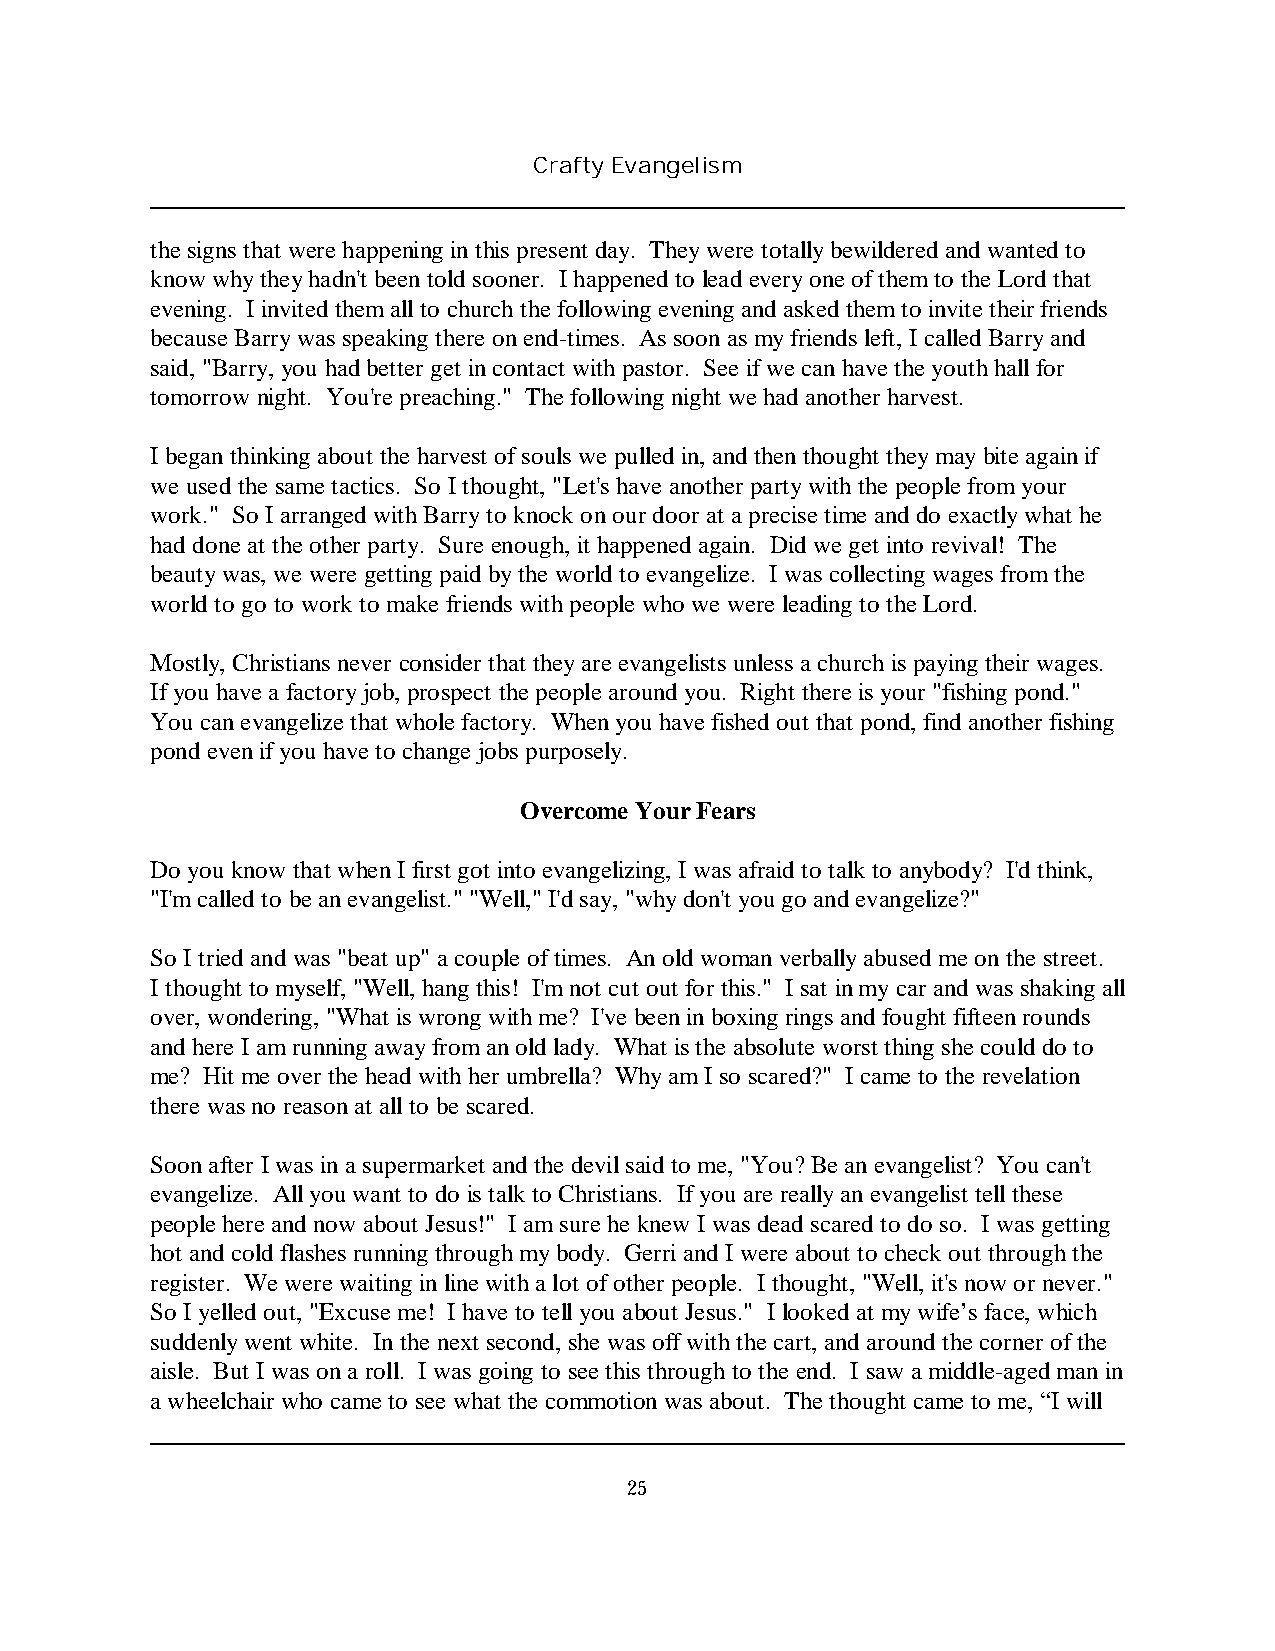
Crafty Evangelism
 the signs that were happening in this present day. They were totally bewildered and wanted to
 know why they hadn't been told sooner. I happened to lead every one of them to the Lord that
 evening. I invited them all to church the following evening and asked them to invite their friends
 because Barry was speaking there on end-times. As soon as my friends left, I called Barry and
 said, "Barry, you had better get in contact with pastor. See if we can have the youth hall for
 tomorrow night. You're preaching." The following night we had another harvest.
 I began thinking about the harvest of souls we pulled in, and then thought they may bite again if
 we used the same tactics. So I thought, "Let's have another party with the people from your
 work." So I arranged with Barry to knock on our door at a precise time and do exactly what he
 had done at the other party. Sure enough, it happened again. Did we get into revival! The
 beauty was, we were getting paid by the world to evangelize. I was collecting wages from the
 world to go to work to make friends with people who we were leading to the Lord.
 Mostly, Christians never consider that they are evangelists unless a church is paying their wages.
 If you have a factory job, prospect the people around you. Right there is your "fishing pond."
 You can evangelize that whole factory. When you have fished out that pond, find another fishing
 pond even if you have to change jobs purposely.
 Overcome Your Fears
 Do you know that when I first got into evangelizing, I was afraid to talk to anybody? I'd think,
 "I'm called to be an evangelist." "Well," I'd say, "why don't you go and evangelize?"
 So I tried and was "beat up" a couple of times. An old woman verbally abused me on the street.
 I thought to myself, "Well, hang this! I'm not cut out for this." I sat in my car and was shaking all
 over, wondering, "What is wrong with me? I've been in boxing rings and fought fifteen rounds
 and here I am running away from an old lady. What is the absolute worst thing she could do to
 me? Hit me over the head with her umbrella? Why am I so scared?" I came to the revelation
 there was no reason at all to be scared.
 Soon after I was in a supermarket and the devil said to me, "You? Be an evangelist? You can't
 evangelize. All you want to do is talk to Christians. If you are really an evangelist tell these
 people here and now about Jesus!" I am sure he knew I was dead scared to do so. I was getting
 hot and cold flashes running through my body. Gerri and I were about to check out through the
 register. We were waiting in line with a lot of other people. I thought, "Well, it's now or never."
 So I yelled out, "Excuse me! I have to tell you about Jesus." I looked at my wife’s face, which
 suddenly went white. In the next second, she was off with the cart, and around the corner of the
 aisle. But I was on a roll. I was going to see this through to the end. I saw a middle-aged man in
 a wheelchair who came to see what the commotion was about. The thought came to me, “I will
 25